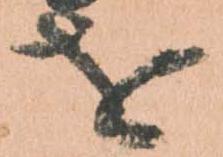
を